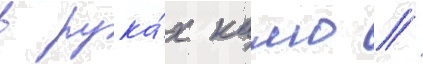
в рука́х камо //